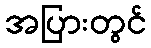
အပြားတွင်